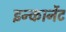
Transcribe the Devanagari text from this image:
इन्कार्नेट